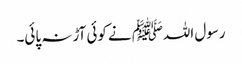
رسول اللہﷺ نے کوئی آڑ نہ پائی۔